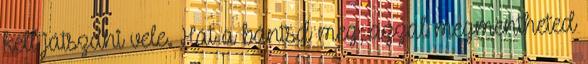
kell játszani vele. Hát a bántsd meg, azzal megmentheted